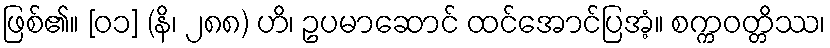
ဖြစ်၏။ [၀၁] (နိ၊ ၂၈၈) ဟိ၊ ဥပမာဆောင် ထင်အောင်ပြအံ့။ စက္ကဝတ္တိဿ၊